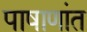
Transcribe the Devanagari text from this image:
पाषाणांत